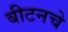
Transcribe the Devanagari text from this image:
बीटनचे